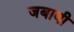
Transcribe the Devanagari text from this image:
जबावी